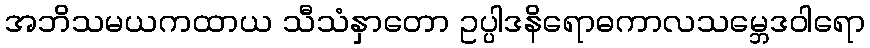
အဘိသမယကထာယ သီသံနှာတော ဥပ္ပါဒနိရောဓကာလသမ္ဘေဒဝါရော